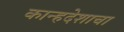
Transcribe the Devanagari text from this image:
कान्हदेशाचा